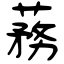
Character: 蓩